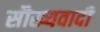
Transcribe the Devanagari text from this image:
सौख्यवादी